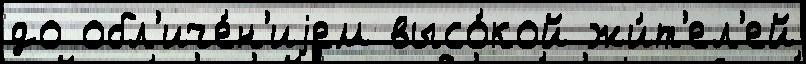
до обл'иче́н'иjем высо́кой жи́т'ел'ей